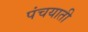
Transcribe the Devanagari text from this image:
पंचयाती